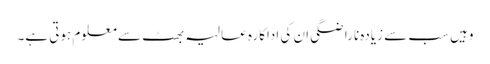
وہیں سب سے زیادہ ناراضگی ان کی اداکارہ عالیہ بھٹ سے معلوم ہوتی ہے۔